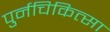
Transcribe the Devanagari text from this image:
पुर्नचिकित्सा